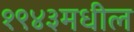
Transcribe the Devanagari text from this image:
१९४३मधील